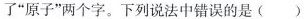
了”原子”两个字。下列说法中错误的是()